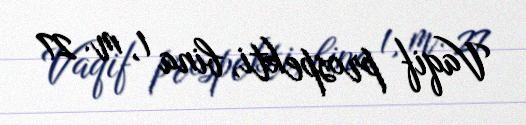
Vaqif prospekti, bina 1, m. 27